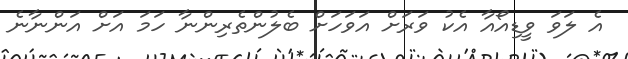
އެ ލަވަ ވީޑިއޯއާ އެކު ވަރަށް އަވަހަށް ބެލުންތެރިންނާ ހަމަ އަށް އަންނާނެ